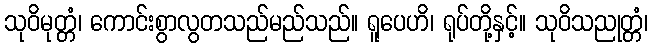
သုဝိမုတ္တံ၊ ကောင်းစွာလွတသည်မည်သည်။ ရူပေဟိ၊ ရုပ်တို့နှင့်။ သုဝိသညုတ္တံ၊